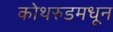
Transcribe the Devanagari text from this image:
कोथरुडमधून